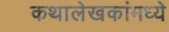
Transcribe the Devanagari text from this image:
कथालेखकांमध्ये